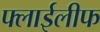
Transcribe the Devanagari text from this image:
फ्लाईलीफ